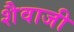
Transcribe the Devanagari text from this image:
शैवाजी